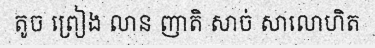
តូច ព្រៀង លាន ញាតិ សាច់ សាលោហិត